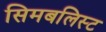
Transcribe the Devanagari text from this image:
सिमबलिस्ट